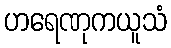
ဟရေဏုကယူသံ